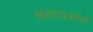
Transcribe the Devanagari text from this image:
सहाय्यकांना